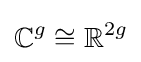
\mathbb {C} ^{g}\cong \mathbb {R} ^{2g}